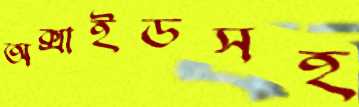
অক্সাইডসহ